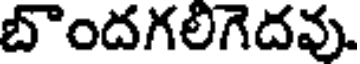
బొందగలిగెదవు.